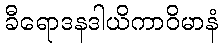
ခီရောဒနဒါယိကာဝိမာနံ